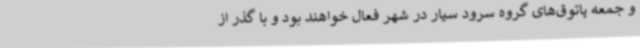
و جمعه پاتوق‌های گروه سرود سیار در شهر فعال خواهند بود و با گذر از